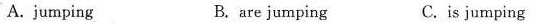
A. jumping B.are jumping C.is jumping